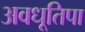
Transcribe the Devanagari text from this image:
अवधूतिपा